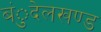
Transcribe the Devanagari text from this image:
बंुदेलखण्ड